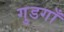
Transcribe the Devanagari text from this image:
गुडगाँ